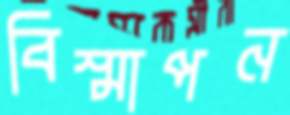
বিস্মাপন